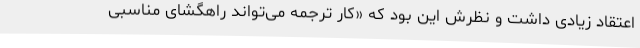
اعتقاد زیادی داشت و نظرش این بود که «کار ترجمه می‌تواند راهگشای مناسبی